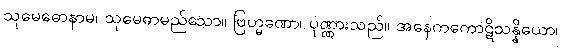
သုမေဓောနာမ၊ သုမေဓာမည်သော။ ဗြဟ္မဏော၊ ပုဏ္ဏားသည်။ အနေကကောဋိသန္နိယော၊